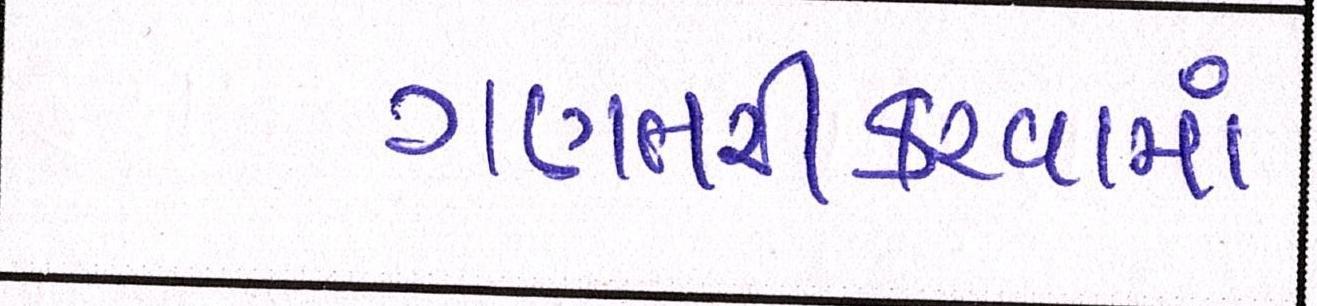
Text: ગણતરીકરવામાં